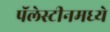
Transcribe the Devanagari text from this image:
पॅलेस्टीनमध्ये